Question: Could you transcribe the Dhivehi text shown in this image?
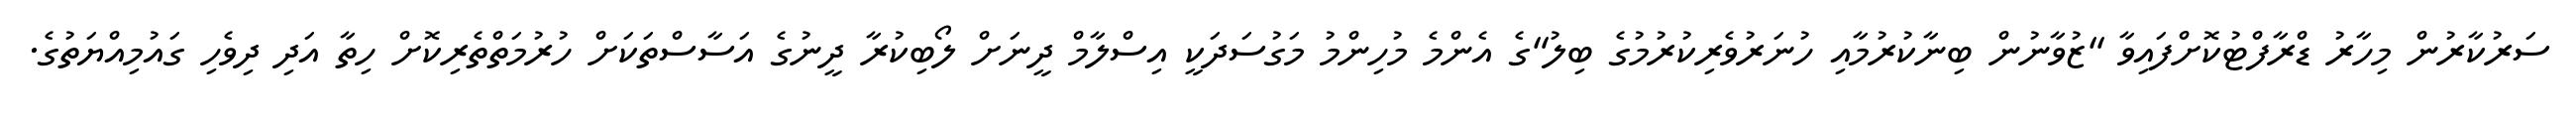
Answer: ސަރުކާރުން މިހާރު ޑްރާފްޓުކޮށްފައިވާ "ޒުވާނުން ބިނާކުރުމާއި ހުނަރުވެރިކުރުމުގެ ބިލު"ގެ އެންމެ މުހިންމު މަގުސަދަކީ އިސްލާމް ދީނަށް ލޯބިކުރާ ދީނުގެ އަސާސްތަކަށް ހުރުމަތްތެރިކޮށް ހިތާ އަދި ދިވެހި ގައުމިއްޔަތުގެ.